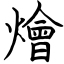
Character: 燴